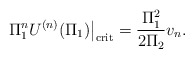
\begin{align*}\left. \Pi^n_1 U^{(n)} (\Pi_1)\right|_{\mbox{\scriptsize crit}} =\frac{\Pi^2_1}{2\Pi_2} v_n.\end{align*}